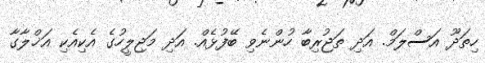
ހިތަދޫ އަސްލަމް. އަދި ތަޖުރިބާ ހުންނެވި ބޭފުޅެއް. އަދި މަޖިލީހުގެ އެކިއެކި އަޚްލާގާ